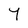
Character: 7